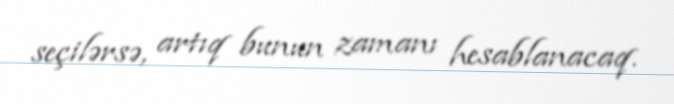
seçilərsə, artıq bunun zamanı hesablanacaq.